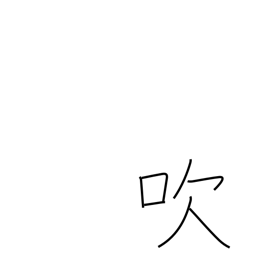
Meaning: emit